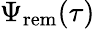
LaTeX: \Psi_{\mathrm{rem}}(\tau)